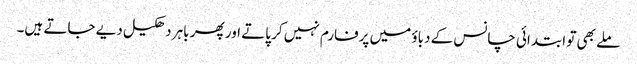
ملے بھی تو ابتدائی چانس کے دباؤ میں پرفارم نہیں کر پاتے اور پھر باہر دھکیل دیے جاتے ہیں۔